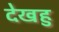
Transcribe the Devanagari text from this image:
देखहु